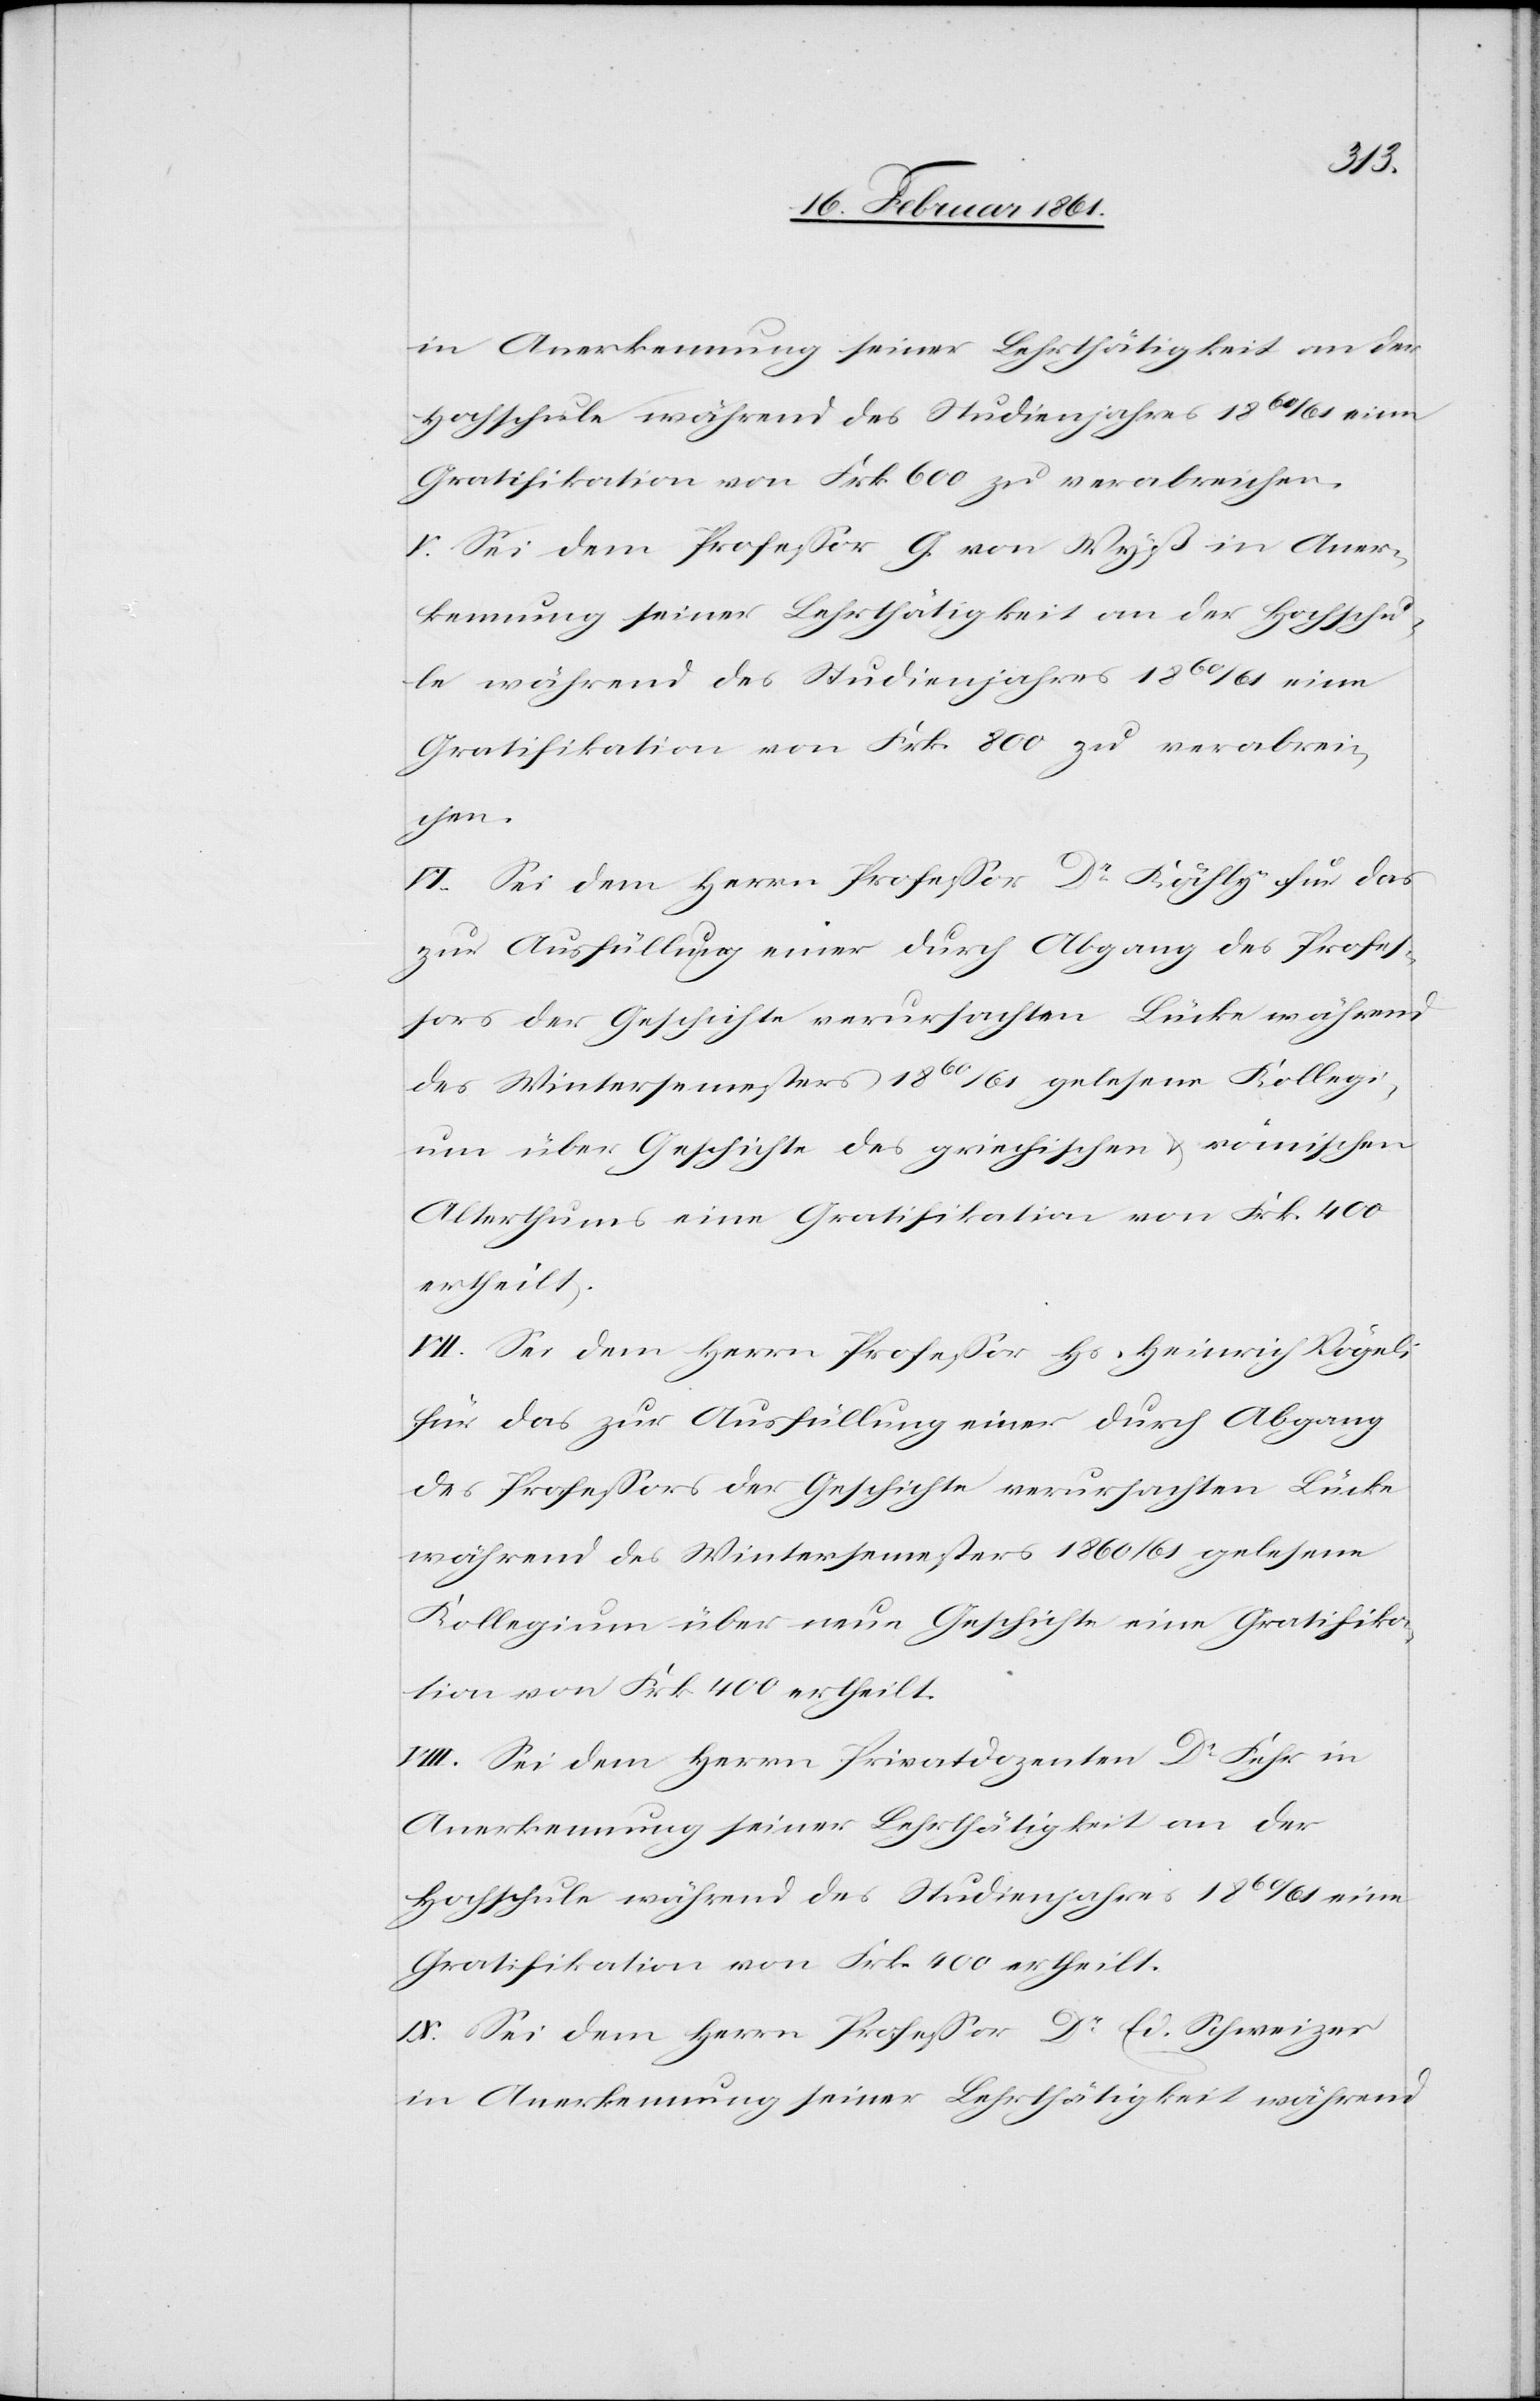
in Anerkennung seiner Lehrthätigkeit an der
Gratifikation von Frk. 600 zu verabreichen.
V. Sei dem Professor G. von Wyß in Aner¬
kennung seiner Lehrthätigkeit an der Hochschu¬
le während des Studienjahres 1860/61 eine
Gratifikation von Frk. 800 zu verabrei¬
chen.
VI. Sei dem Herrn Professor Dr. Kähly für das
zur Ausfüllung einer durch Abgang des Profes¬
sors der Geschichte verursachten Lücke während
des Wintersemesters 1860/61 gelesene Kollegi¬
um über Geschichte des griechischen u. römischen
Alterthums eine Gratifikation von Frk. 400
ertheilt.
VII. Sei dem Herrn Professor Hs. Heinrich Vögeli
für das zur Ausfüllung einer durch Abgang
des Professors der Geschichte verursachten Lücke
während des Wintersemesters 1860/61 gelesene
Kollegium über neue Geschichte eine Gratifika¬
tion von Frk. 400 ertheilt.
VIII. Sei dem Herrn Privatdozenten Dr. Fehr in
Anerkennung seiner Lehrthätigkeit an der
Hochschule während des Studienjahres 1860/61 eine
Gratifikation von Frk. 400 ertheilt.
IX. Sei dem Herrn Professor Dr. Ed. Schweizer
in Anerkennung seiner Lehrthätigkeit während